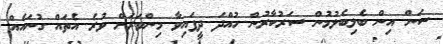
ސަން އިން ބެލިބެލުމުން ސަރުކާރުން ހުއްދަ ދީފައިވާ މިންވަރަށް ވުރެ އެތައް ގުނައެއް